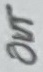
Text: Out